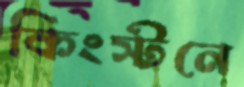
কিংস্টনে